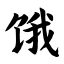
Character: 饿